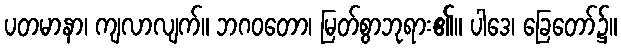
ပတမာနာ၊ ကျလာလျက်။ ဘဂဝတော၊ မြတ်စွာဘုရား၏။ ပါဒေ၊ ခြေတော်၌။